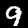
Digit: 9